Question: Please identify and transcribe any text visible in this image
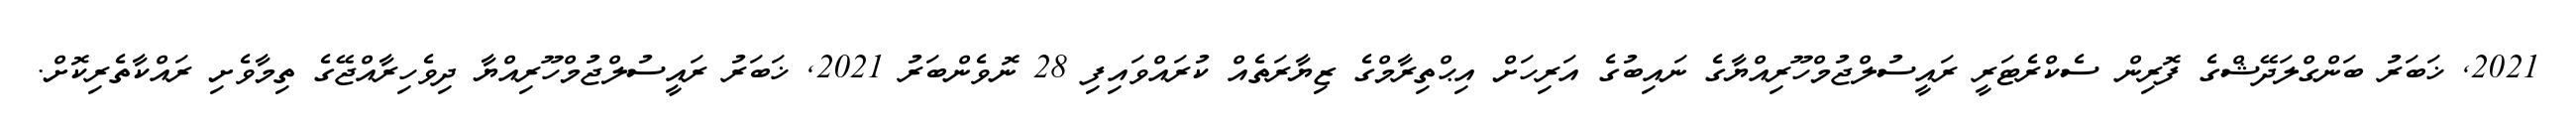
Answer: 2021, ޚަބަރު ބަންގްލަދޭޝްގެ ފޮރިން ސެކްރެޓަރީ ރައީސުލްޖުމްހޫރިއްޔާގެ ނައިބުގެ އަރިހަށް އިޙްތިރާމްގެ ޒިޔާރަތެއް ކުރައްވައިފި 28 ނޮވެންބަރު 2021, ޚަބަރު ރައީސުލްޖުމްހޫރިއްޔާ ދިވެހިރާއްޖޭގެ ތިމާވެށި ރައްކާތެރިކޮށް.